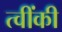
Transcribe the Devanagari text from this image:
त्वींकी